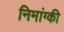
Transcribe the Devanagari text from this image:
निमांग्की